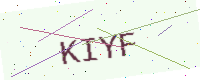
Text: KIYF